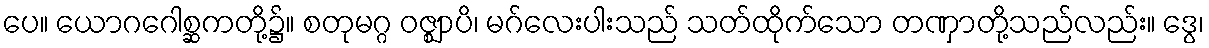
ပေ။ ယောဂဂေါစ္ဆကတို့၌။ စတုမဂ္ဂ ဝဇ္ဈာပိ၊ မဂ်လေးပါးသည် သတ်ထိုက်သော တဏှာတို့သည်လည်း။ ဒွေ၊